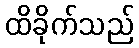
ထိခိုက်သည်